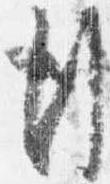
行